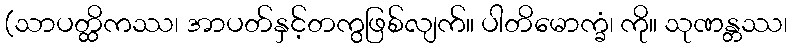
(သာပတ္ထိကဿ၊ အာပတ်နှင့်တကွဖြစ်လျက်။ ပါတိမောက္ခံ၊ ကို။ သုဏန္တဿ၊